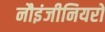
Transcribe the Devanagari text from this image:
नौइंजीनियरों